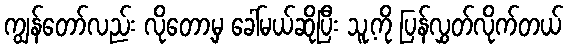
ကျွန်တော်လည်း လိုတော့မှ ခေါ်မယ်ဆိုပြီး သူ့ကို ပြန်လွှတ်လိုက်တယ်